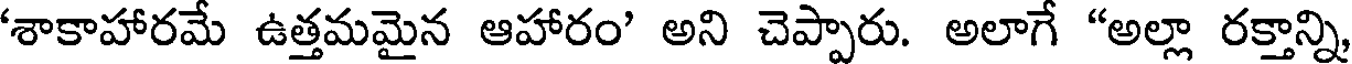
'శాకాహారమే ఉత్తమమైన ఆహారం' అని చెప్పారు. అలాగే "అల్లా రక్తాన్ని